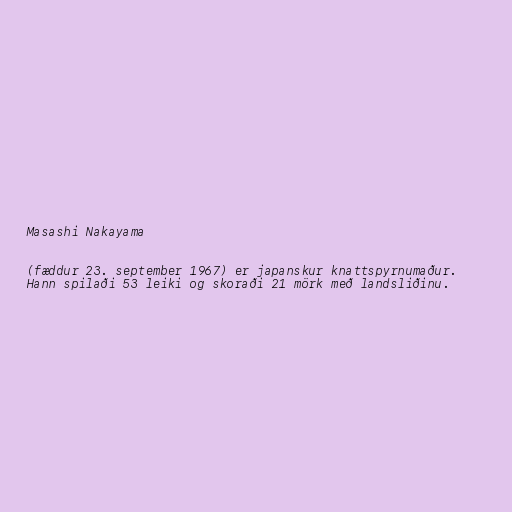
Masashi Nakayama

(fæddur 23. september 1967) er japanskur knattspyrnumaður.
Hann spilaði 53 leiki og skoraði 21 mörk með landsliðinu.